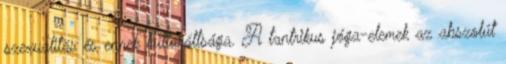
szexualitás és ennek kulturáltsága. A tantrikus jóga-elemek az abszolút